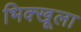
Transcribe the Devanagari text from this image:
भिक्खूला